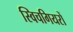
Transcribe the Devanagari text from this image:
स्विचगियरों